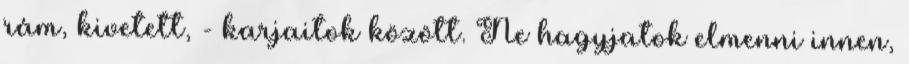
rám, kivetett, - karjaitok között. Ne hagyjatok elmenni innen,